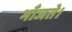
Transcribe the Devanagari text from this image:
भाँजते।